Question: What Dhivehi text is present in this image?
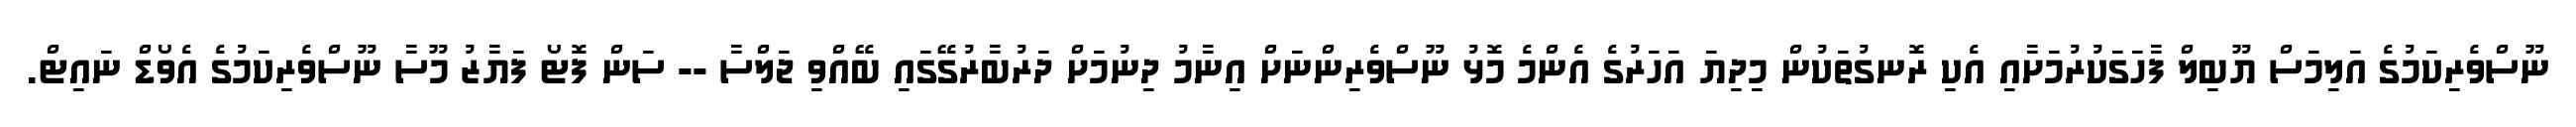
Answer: ނޫސްވެރިކަމުގެ އަލިމަސް ޔޫބިލް ފާހަގަކުރުމަށާއި އެކި ރޮނގުތަކުން މިދިޔަ އަހަރުގެ އެންމެ މޮޅު ނޫސްވެރިންނަށް އިނާމު ދިނުމަށް ދަރުބާރުގޭގައި ބޭއްވި ޖަލްސާ -- ސަން ފޮޓޯ ފަޔާޒު މޫސާ ނޫސްވެރިކަމުގެ އެވޯޑް ނައިޓް.